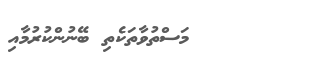
މަސްތުވާތަކެތި ބޭނުންކުރުމާއި